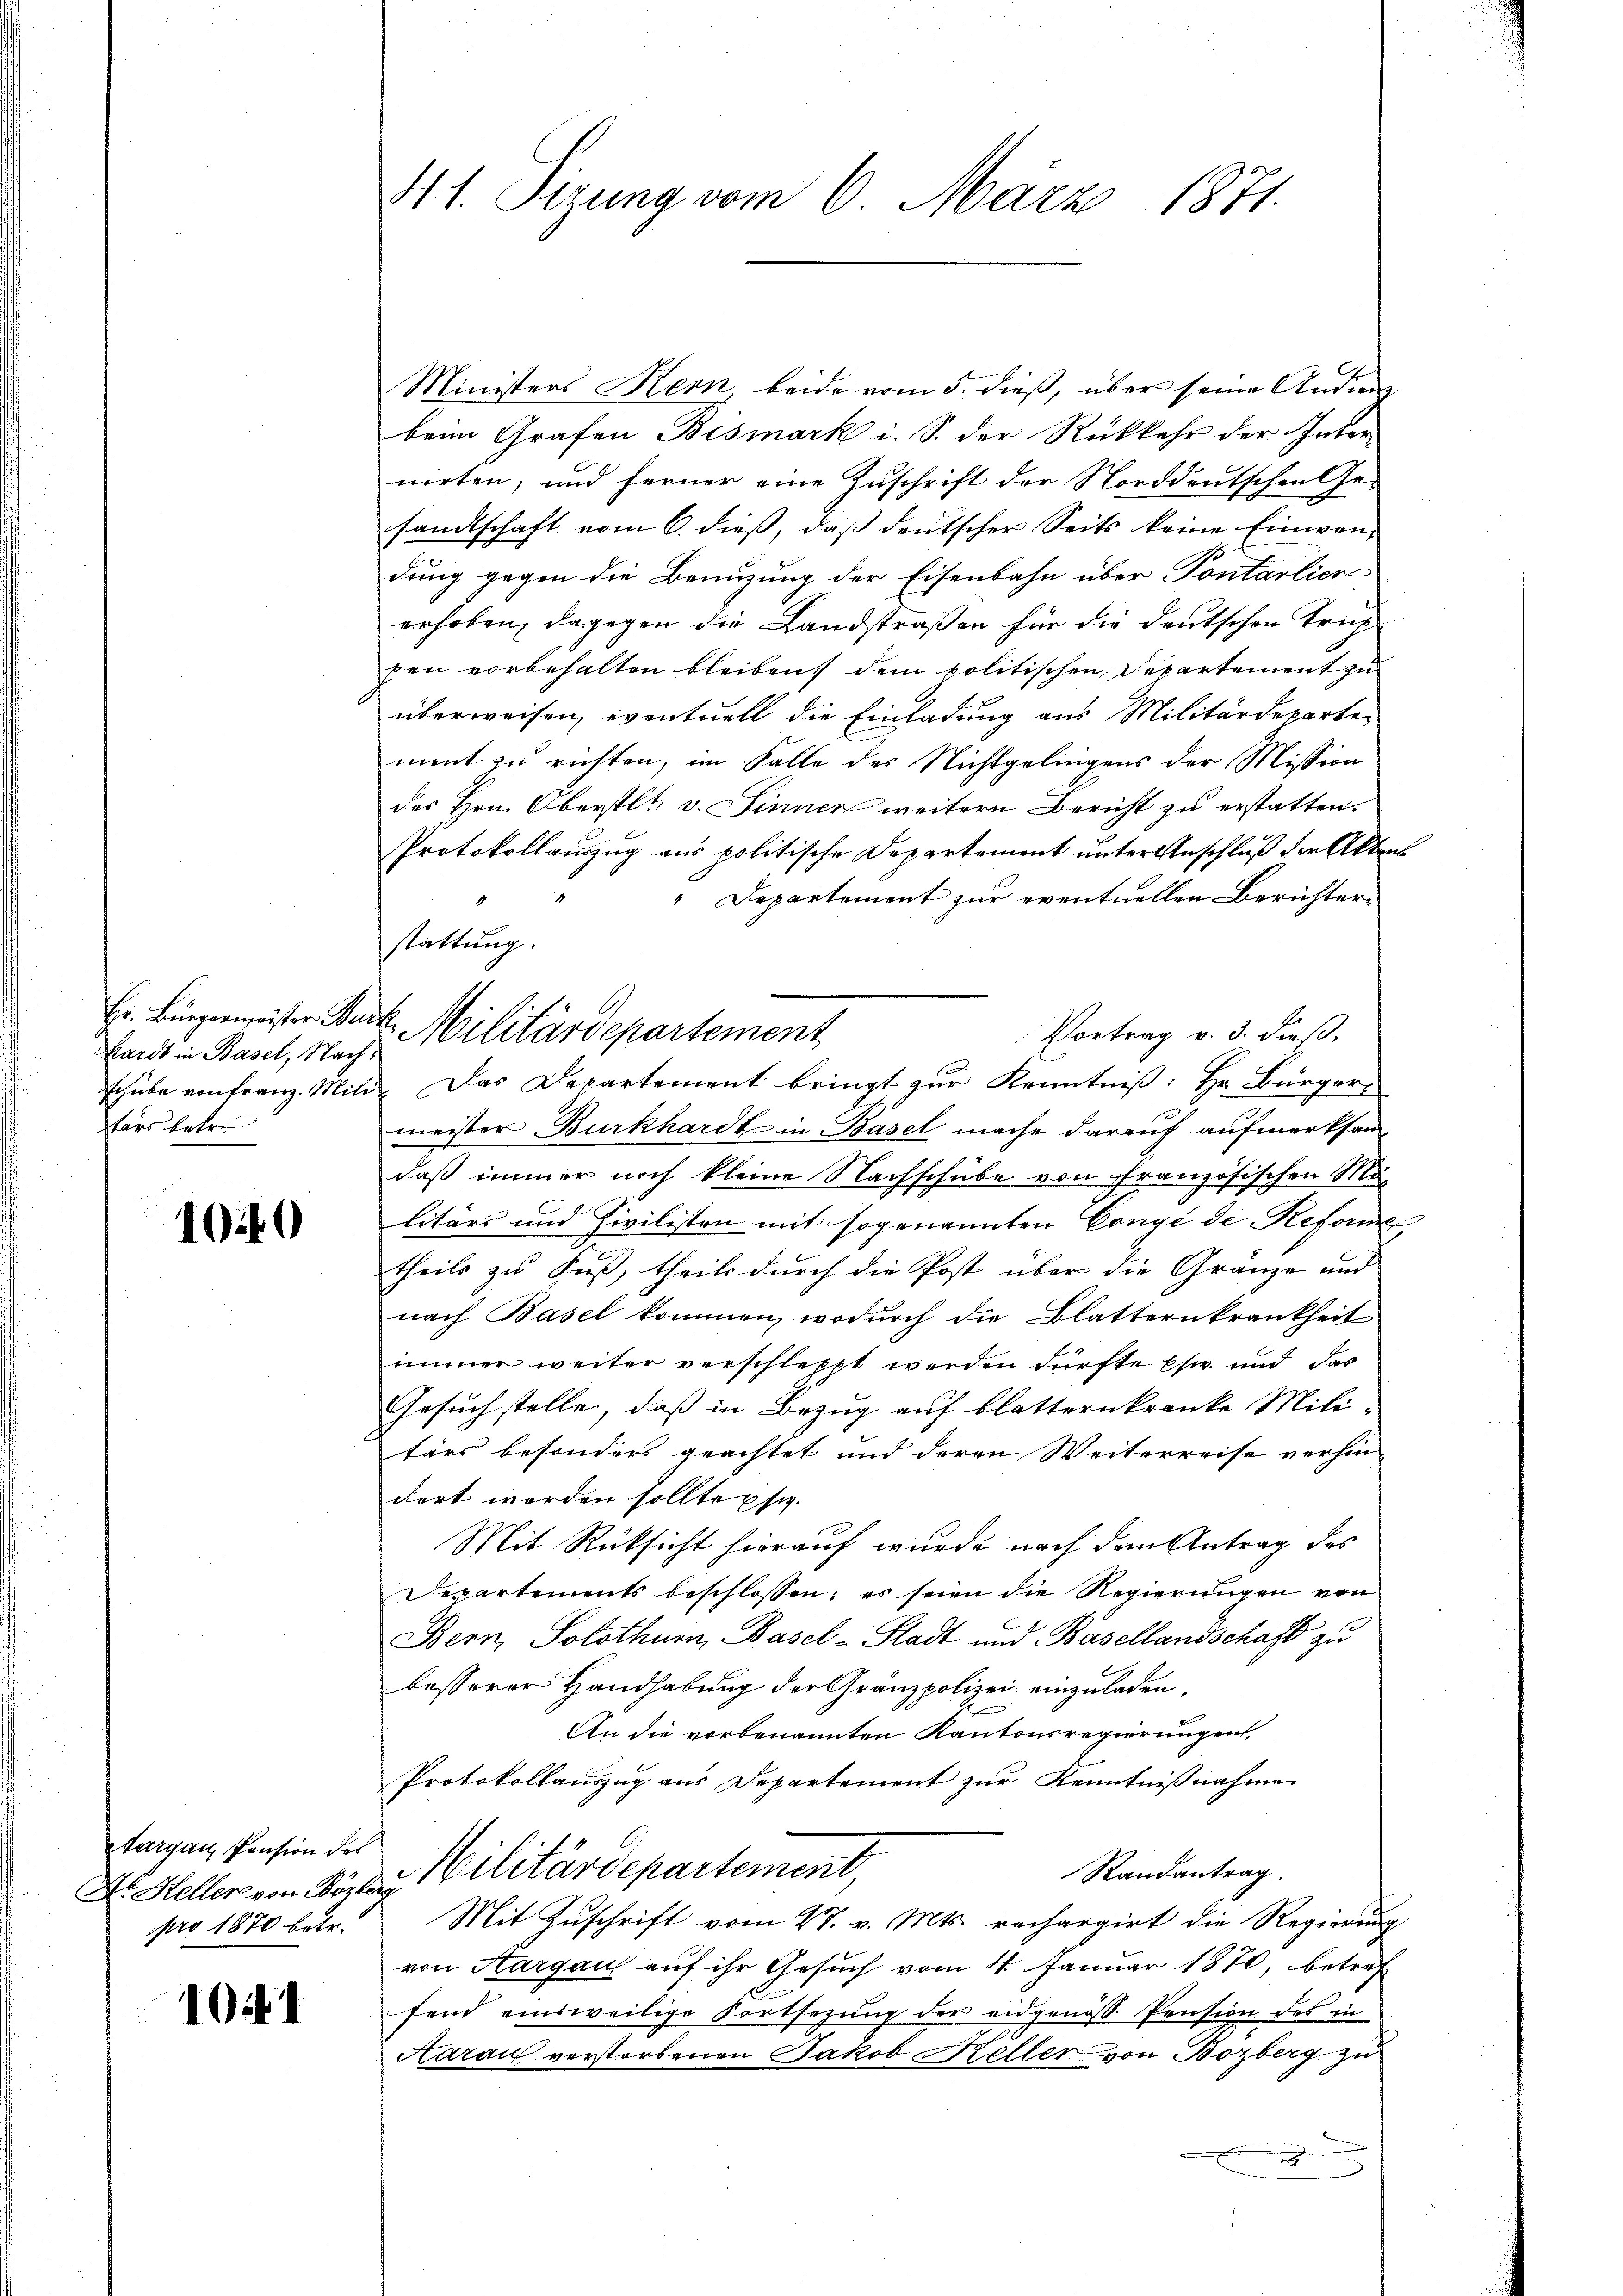
hardt in Basel, Nachtars betre

100

Ministers Kern beide vom 5. dieß, über seine Andan
beim Grafen Bismark i. S. der Rückkehr der Inter-
nirten, und ferner eine Zuschrift der Norddeutschen Ge-
sandtschaft vom 6. dieß, daß deutscher Seits keine Einwendung gegen die Benuzung der Eisenbahn über Pontarlier
erhoben, dagegen die Landstraßen für die deutschen Trich
pen vorbehalten bleiben, dem politischen Departement zu
überweisen, eventuell die Einladung aus Militärdepartement zu richten, im Falle des Nichtgelingens der Mission
des Hrn. Oberstlt v. Sinner weitern Bericht zu erstatten.
Protokollauszug aus politische Departement unter Anschluß der Aktens
Departement zur eventuellen Berichter¬
Vortrag v. 3. dieß,
schube von Franz. Mite. Das Departement bringt zur Kenntniß: Hr. Bürger-
meister Burkhardt in Basel mache darauf aufmerksamdaß immer noch kleine Nachschube von Französischen M.
litärs und Zivilisten mit sogenannten Congé de Reforme
theils zu Fuß, theils durch die Post über die Gränze und
nach Basel kommen, wodurch die Blatternkrankheit
immer weiter verschleppt werden dürfte Esw. und das
Gesuch stelle, daß in Bezug auf blatternkranke Mili
tärs besonders geachtet und deren Weiterreise verhin-
dert worden sollte sie.
Mit Rücksicht hierauf wurde nach dem Antrag des
Departements beschlossen; es seien die Regierungen von
Bern, Solothurn, Basel-Stadt und Basellandschaft zu
besserer Handhabung der Gränzpolizei einzuladen.
An die vorbenannten Kantonsregierungen
Protokollauszug aus Departement zur Kenntnißnahme
Randantrag.
Dr. Heller von Bözey Militärdepartement,
Mit Zuschrift vom 27. v. Mts. rechargirt die Regierung
von Hargau auf ihr Gesuch vom 4. Januar 1870, betref
fend einsweilige Fortsetzung der eidgenöss. Pension des in
Aarau verstorbenen Jakob Keller von Bozberg zu
e

targau, Pension des
pro 1870 betr.

1041

41. Sirung vom 6. März 1871.

stattung.
Hr. Bürgermeister Burck. Militärdepartement